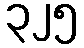
၃၂၅